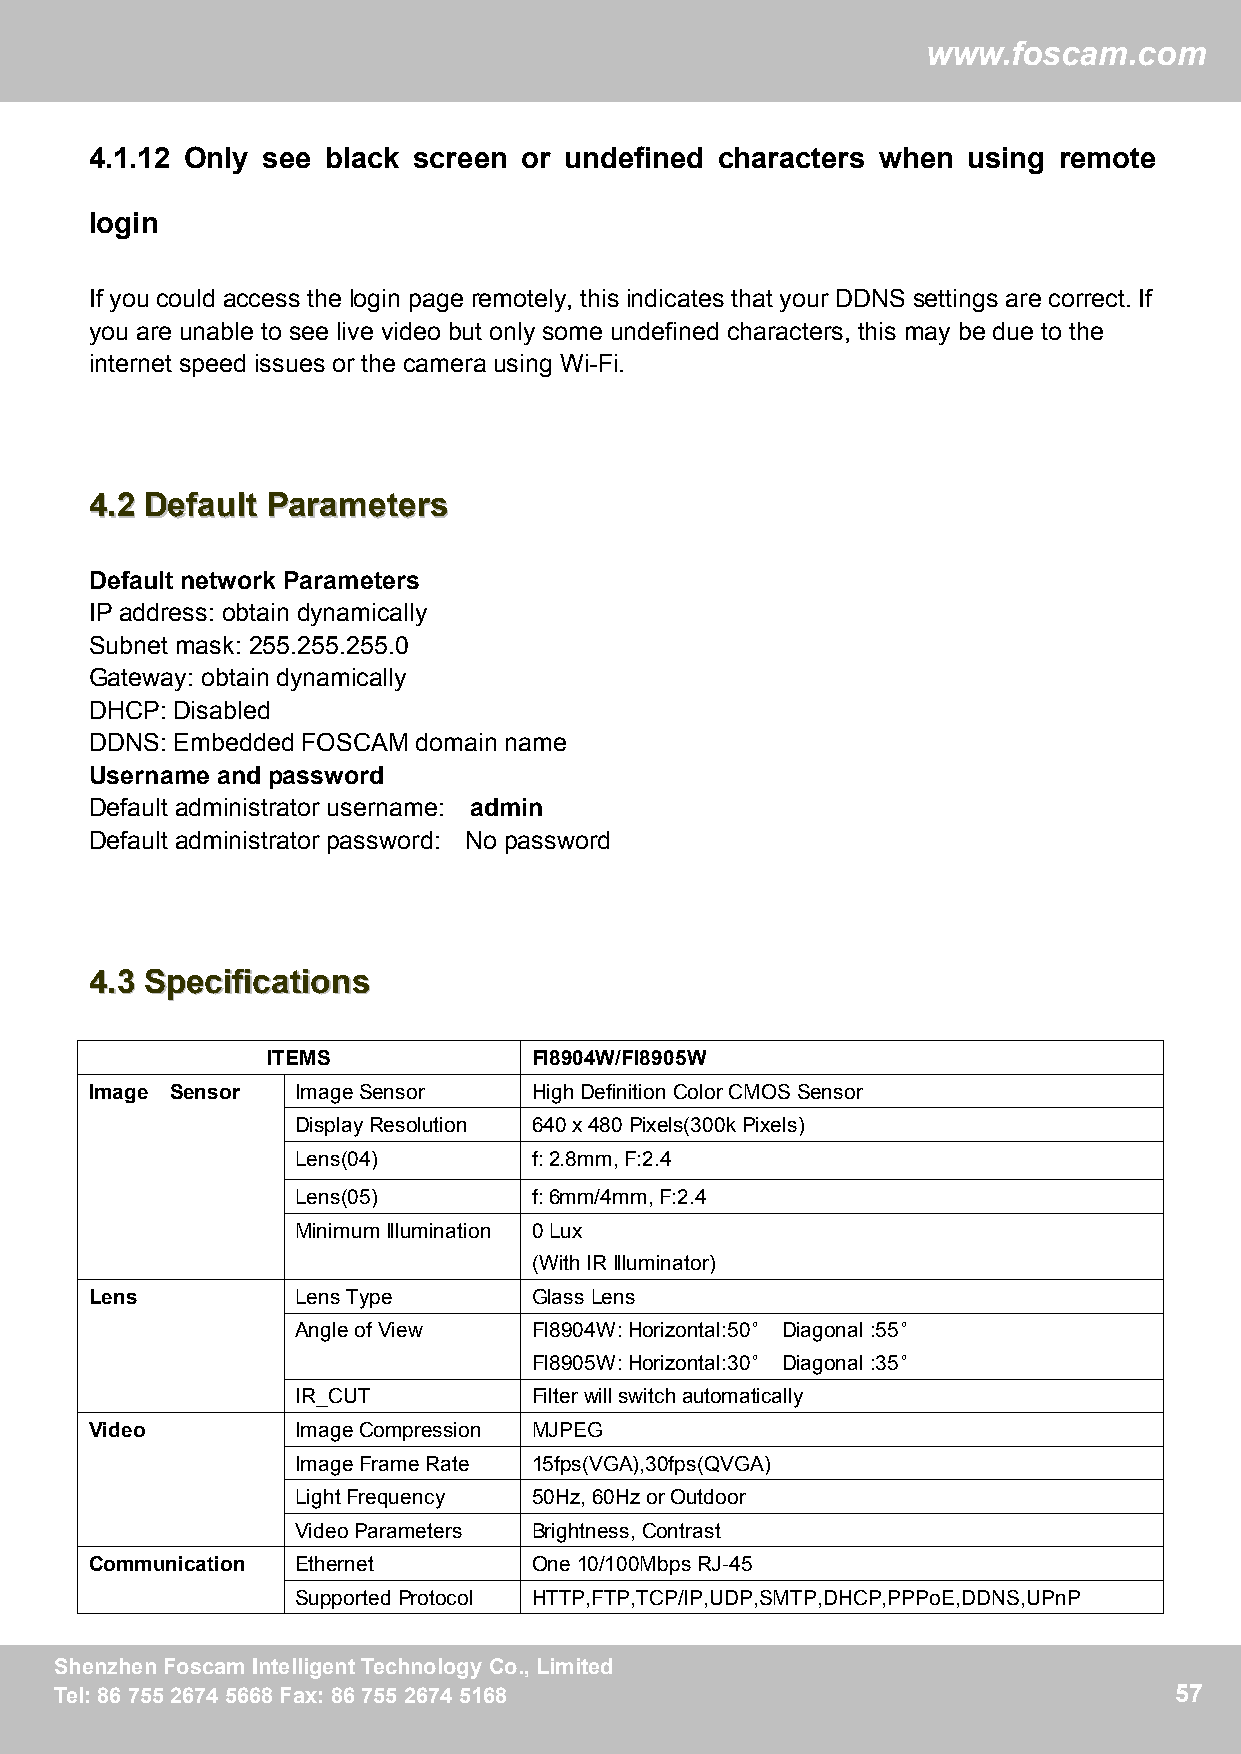
ww
 wwwwww..ffoossccaamm..ccoomm
 4.1.12 Only see black screen or undefined characters when using remote
 login
 If you could access the login page remotely, this indicates that your DDNS settings are correct. If
 you are unable to see live video but only some undefined characters, this may be due to the
 internet speed issues or the camera using Wi-Fi.
 44..22 DDeeffaauulltt PPaarraammeetteerrss
 Default network Parameters
 IP address: obtain dynamically
 Subnet mask: 255.255.255.0
 Gateway: obtain dynamically
 DHCP: Disabled
 DDNS: Embedded FOSCAM domain name
 Username and password
 Default administrator username: admin
 Default administrator password: No password
 44..33 SSppeecciiffiiccaattiioonnss
 ITEMS            FI8904W/FI8905W
 Image Sensor  ImageSensor    HighDefinitionColorCMOSSensor
 DisplayResolution 640x480Pixels(300kPixels)
 Lens(04)       f:2.8mm,F:2.4
 Lens(05)       f:6mm/4mm,F:2.4
 MinimumIllumination 0Lux
 (WithIRIlluminator)
 Lens          LensType       GlassLens
 AngleofView    FI8904W:Horizontal:50° Diagonal:55°
 FI8905W:Horizontal:30° Diagonal:35°
 IR_CUT         Filterwillswitchautomatically
 Video         ImageCompression MJPEG
 ImageFrameRate 15fps(VGA),30fps(QVGA)
 LightFrequency 50Hz, 60HzorOutdoor
 VideoParameters Brightness,Contrast
 Communication Ethernet       One10/100MbpsRJ-45
 SupportedProtocol HTTP,FTP,TCP/IP,UDP,SMTP,DHCP,PPPoE,DDNS,UPnP
 SShheennzzhheennFFoossccaammIInntteelllliiggeennttTTeecchhnnoollooggyyCCoo..,,LLiimmiitteedd 57
 TTeell::88667755552266774455666688FFaaxx::88667755552266774455116688      57